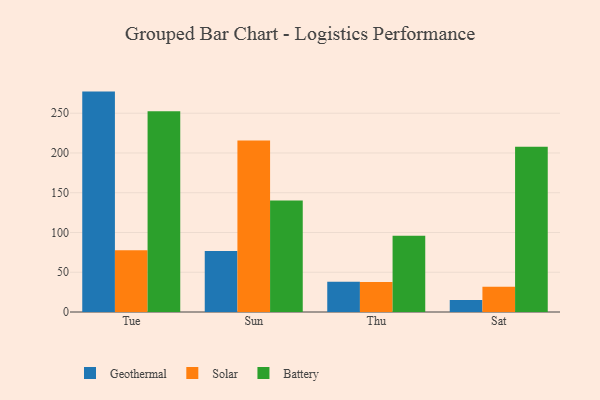
{"axis": {"x": "Day", "y": "Inventory Turnover"}, "legend": ["Battery", "Geothermal", "Solar"], "data": [{"x": "Tue", "y": 277.2, "type": "Geothermal"}, {"x": "Tue", "y": 77.7, "type": "Solar"}, {"x": "Tue", "y": 252.6, "type": "Battery"}, {"x": "Sun", "y": 76.8, "type": "Geothermal"}, {"x": "Sun", "y": 215.7, "type": "Solar"}, {"x": "Sun", "y": 140.2, "type": "Battery"}, {"x": "Thu", "y": 38.1, "type": "Geothermal"}, {"x": "Thu", "y": 37.7, "type": "Solar"}, {"x": "Thu", "y": 95.8, "type": "Battery"}, {"x": "Sat", "y": 15.2, "type": "Geothermal"}, {"x": "Sat", "y": 31.9, "type": "Solar"}, {"x": "Sat", "y": 207.9, "type": "Battery"}]}